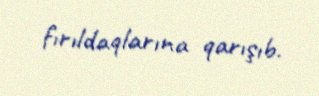
fırıldaqlarına qarışıb.